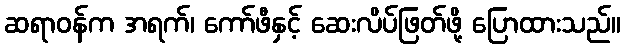
ဆရာဝန်က အရက်၊ ကော်ဖီနှင့် ဆေးလိပ်ဖြတ်ဖို့ ပြောထားသည်။